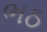
ભઠ